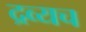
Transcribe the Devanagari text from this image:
द्रव्यच